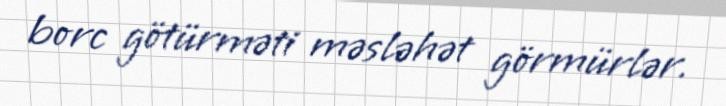
borc götürməti məsləhət görmürlər.